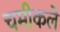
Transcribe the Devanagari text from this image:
चमीकले